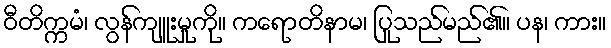
ဝီတိက္ကမံ၊ လွန်ကျူးမှုကို။ ကရောတိနာမ၊ ပြုသည်မည်၏။ ပန၊ ကား။